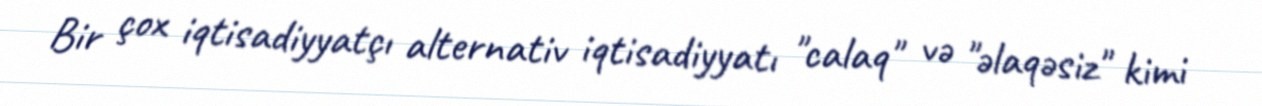
Bir çox iqtisadiyyatçı alternativ iqtisadiyyatı "calaq" və "əlaqəsiz" kimi